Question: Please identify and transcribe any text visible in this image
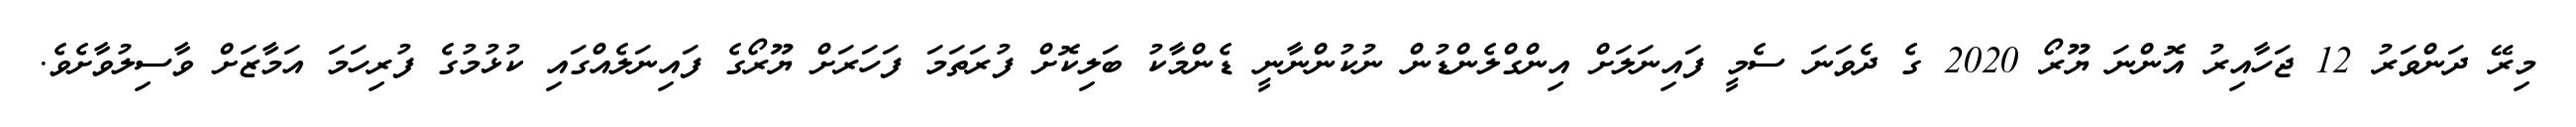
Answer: މިރޭ ދަންވަރު 12 ޖަހާއިރު އޮންނަ ޔޫރޯ 2020 ގެ ދެވަނަ ސެމީ ފައިނަލަށް އިންގްލެންޑުން ނުކުންނާނީ ޑެންމާކު ބަލިކޮށް ފުރަތަމަ ފަހަރަށް ޔޫރޯގެ ފައިނަލެއްގައި ކުޅުމުގެ ފުރިހަމަ އަމާޒަށް ވާސިލުވާށެވެ.